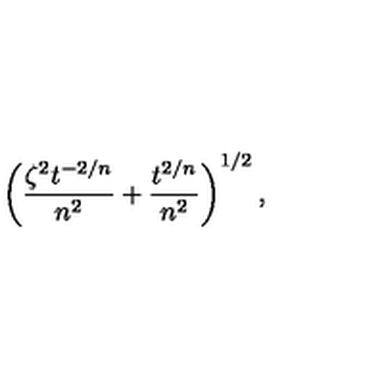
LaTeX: \left( \frac { \zeta ^ { 2 } t ^ { - 2 / n } } { n ^ { 2 } } + \frac { t ^ { 2 / n } } { n ^ { 2 } } \right) ^ { 1 / 2 } ,